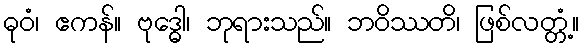
ဓုဝံ၊ ဧကန်။ ဗုဒ္ဓေါ၊ ဘုရားသည်။ ဘဝိဿတိ၊ ဖြစ်လတ္တံ့။